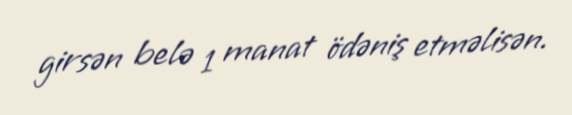
girsən belə 1 manat ödəniş etməlisən.